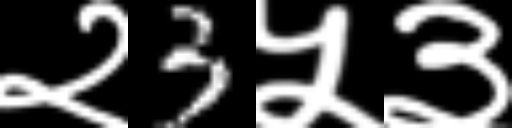
Text: २3५३